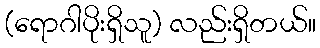
(ရောဂါပိုးရှိသူ) လည်းရှိတယ်။